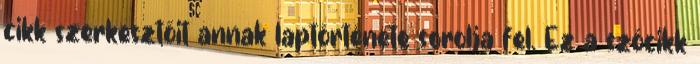
cikk szerkesztőit annak laptörténete sorolja fel. Ez a szócikk